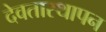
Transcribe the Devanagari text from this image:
देवतास्थापन